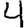
Digit: 4